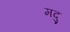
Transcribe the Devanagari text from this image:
मदु